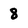
Character: 8